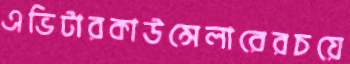
এভিটারকাউন্সেলারেরচয়ে